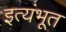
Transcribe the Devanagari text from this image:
इत्यंभूत